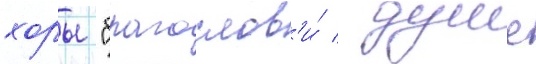
хоры "благослов'и́ / душе